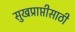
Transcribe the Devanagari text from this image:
सुखप्राप्तीसाठी